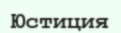
Юстиция